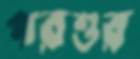
পরশুর